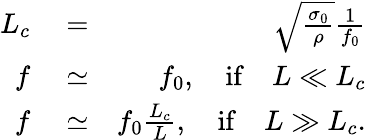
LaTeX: \begin{array}{rlr}{L_{c}}&{{}=}&{\sqrt{\frac{\sigma_{0}}{\rho}}\frac{1}{f_{0}}}\\ {f}&{{}\simeq}&{f_{0},\quad\mathrm{if}\quad L\ll L_{c}}\\ {f}&{{}\simeq}&{f_{0}\frac{L_{c}}{L},\quad\mathrm{if}\quad L\gg L_{c}.}\end{array}